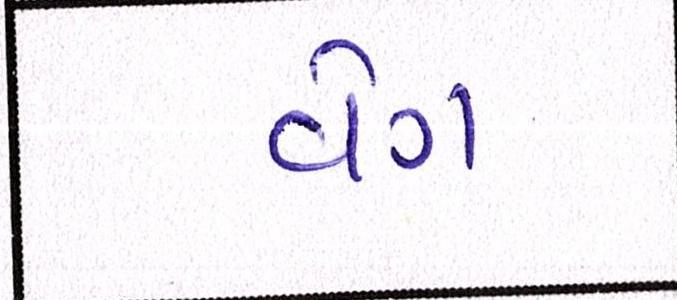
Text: વેગ